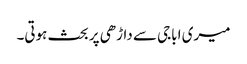
میری اباجی سے داڑھی پر بحث ہوتی۔